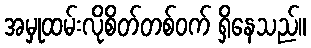
အမှုထမ်းလိုစိတ်တစ်ဝက် ရှိနေသည်။